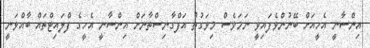
އިންސާނީ އެހީއަށް ބޭނުންވެފައިވީ ނަމަވެސް މިވަގުތު އަފްގާނިސްތާނަށް އިންސާނީ އެހީގެ ފްލައިޓްތައް ބާއްވަނީ